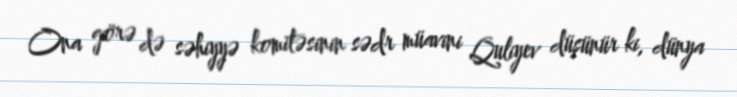
Ona görə də səhiyyə komitəsinin sədr müavini Quliyev düşünür ki, dünya